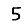
Digit: 5